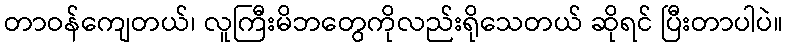
တာဝန်ကျေတယ်၊ လူကြီးမိဘတွေကိုလည်းရိုသေတယ် ဆိုရင် ပြီးတာပါပဲ။